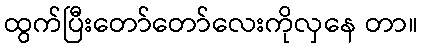
ထွက်ပြီးတော်တော်လေးကိုလှနေ တာ။